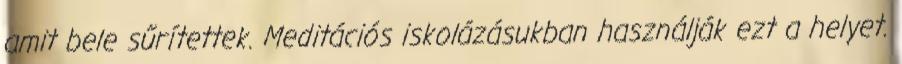
amit bele sűrítettek. Meditációs iskolázásukban használják ezt a helyet.